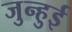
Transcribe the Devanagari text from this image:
जुन्हुई